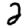
Digit: 2